system: You are a helpful assistant.
user:
Analyze the provided spectrum to determine if it is a **"Cataclysmic Variables (CV)"**.

- **Key Indicators for CV (Check for either state):**
    - **State 1: Quiescent / Low-State (Emission-Dominated)**
        - **(Primary):** Strong and *very broad* Hydrogen Balmer emission lines (e.g., $H\alpha$ at 6563 Å, $H\beta$ at 4861 Å). The 'broadness' (high velocity dispersion, often FWHM > 1000 km/s) is the key diagnostic, indicating a high-velocity accretion disk.
        - **(Secondary):** Broad neutral Helium (He I) emission lines (e.g., 5876 Å, 6678 Å).
        - **(Key Confirmation):** Presence of high-excitation *ionized* Helium (He II) emission at 4686 Å. This is a strong indicator of accretion onto a white dwarf.
        - **(Line Profile):** Emission lines may exhibit a 'double-peaked' profile, which is a classic signature of a rotating accretion disk viewed at high inclination.

    - **State 2: Outburst / High-State (Absorption-Dominated)**
        - **(Primary):** Spectrum is dominated by a bright, blue continuum (looks like a hot star).
        - **(Secondary):** The emission lines from State 1 are weak, absent, or 'filled in', and are replaced by broad, shallow *absorption* lines (primarily Balmer and He I).
        - **(Morphology):** The overall spectrum mimics a hot B/A-type star. The crucial difference is that the absorption lines are significantly broader, shallower, and more 'washed-out' (or 'smeared') than the sharp lines of a normal stellar photosphere, due to high rotational speeds and pressure broadening in the disk.

Think first, call **spectral_visualization_tool** if needed to examine features in detail, then provide your final answer. Your response must adhere to the following strict rules:
1.  **Overall Structure:** Your response must follow the format `<think>...</think> <tool_call>...</tool_call> (if a tool is used) <answer>...</answer>`.
2.  **Tool Usage Constraint:** You may only make **one** tool call per turn.
3.  **Final Answer Format:** In the `<answer>` tag, your conclusion must be inside a `\boxed{}` command (e.g., `\boxed{YES}`), followed by your justification.

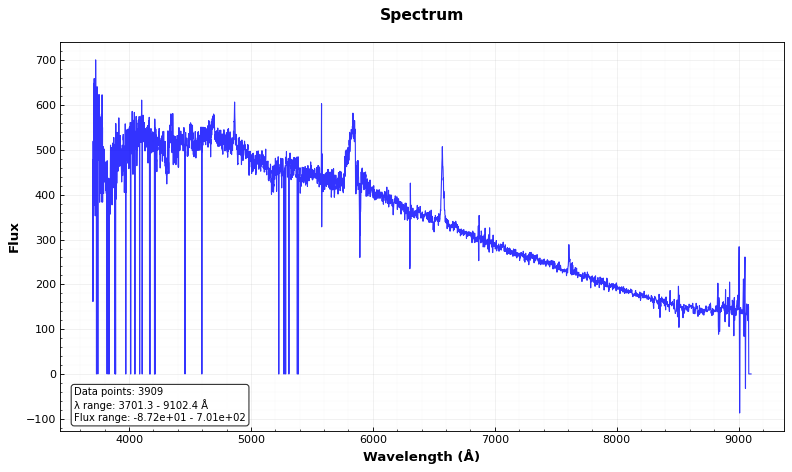
Answer: YES